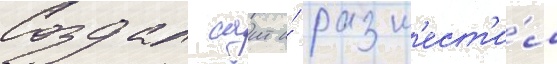
Создал саит и́ разм'ест'и́л